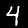
Digit: 4